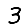
Digit: 3